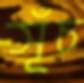
সূঁচ